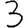
Digit: 3